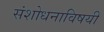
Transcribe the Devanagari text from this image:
संशोधनाविषयी